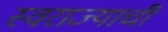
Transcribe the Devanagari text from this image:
स्‍वराज्याची